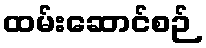
ထမ်းဆောင်စဉ်